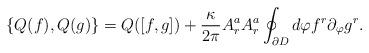
LaTeX: \begin{align*}\{ Q(f), Q(g) \} =Q([f,g]) +\frac{\kappa}{2 \pi} A^a_r A^a_r \oint_{\partial D} d \varphi f^r \partial_{\varphi} g^r. \end{align*}